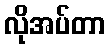
လိုအပ်တာ